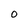
Character: O